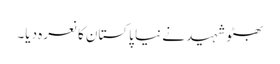
بھٹو شہید نے نیا پاکستان کا نعرہ دیا۔